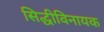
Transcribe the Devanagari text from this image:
सिद्धीविनायक